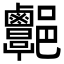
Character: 𨟩